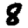
Digit: 8